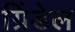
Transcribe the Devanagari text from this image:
ग्रिंडेल